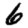
Digit: 6